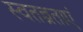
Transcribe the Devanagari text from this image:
स्वतन्त्रताएं